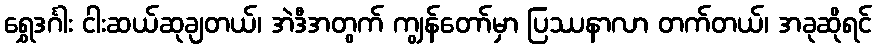
ရွှေဒင်္ဂါး ငါးဆယ်ဆုချတယ်၊ အဲဒီအတွက် ကျွန်တော်မှာ ပြဿနာလာ တက်တယ်၊ အခုဆိုရင်